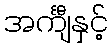
အင်္ကျီနှင့်